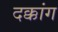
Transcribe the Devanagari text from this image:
दक्कांग